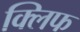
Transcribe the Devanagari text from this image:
क्‍लिफ